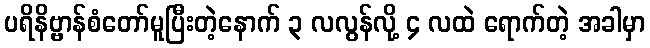
ပရိနိဗ္ဗာန်စံတော်မူပြီးတဲ့နောက် ၃ လလွန်လို့ ၄ လထဲ ရောက်တဲ့ အခါမှာ